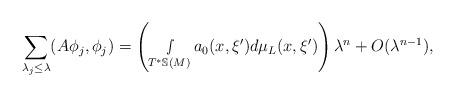
LaTeX: \begin{align*} \sum_{\lambda_{j}\leq \lambda}(A\phi_j,\phi_j)=\left(\smallint_{T^*\mathbb{S}(M)}a_{0}(x,\xi')d\mu_L(x,\xi')\right)\lambda^n+O(\lambda^{n-1}),\end{align*}